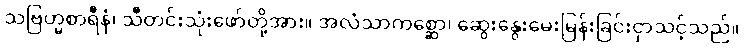
သဗြဟ္မစာရီနံ၊ သီတင်းသုံးဖော်တို့အား။ အလံသာကစ္ဆော၊ ဆွေးနွေးမေးမြန်းခြင်းငှာသင့်သည်။